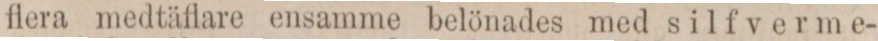
flera medtäflare ensamme belönades med silfverme-